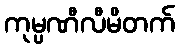
ကုမ္ပဏီလီမိတက်